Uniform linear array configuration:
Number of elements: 24
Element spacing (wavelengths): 1
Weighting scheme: hann
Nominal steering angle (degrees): -45
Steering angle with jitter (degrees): -43.871
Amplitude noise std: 0.05
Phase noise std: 0.05

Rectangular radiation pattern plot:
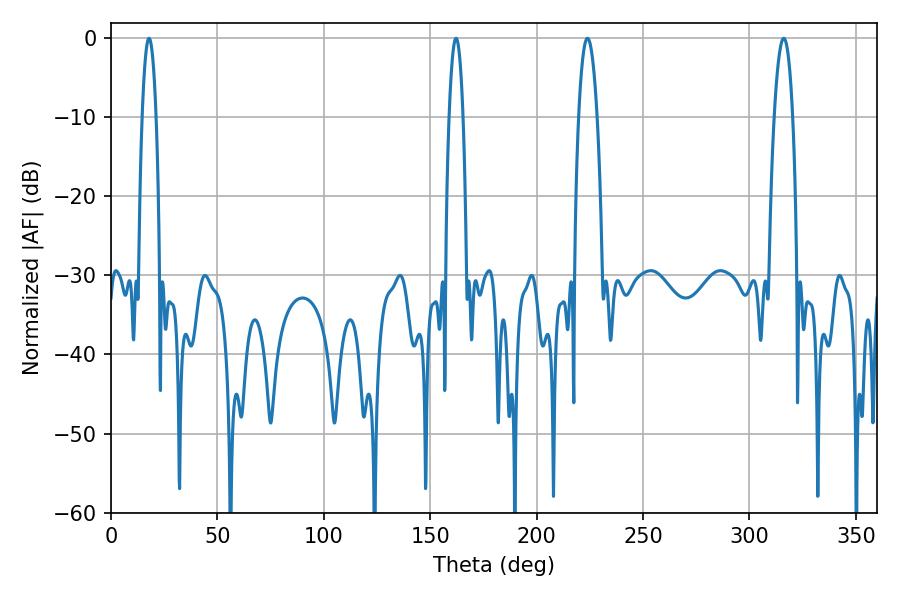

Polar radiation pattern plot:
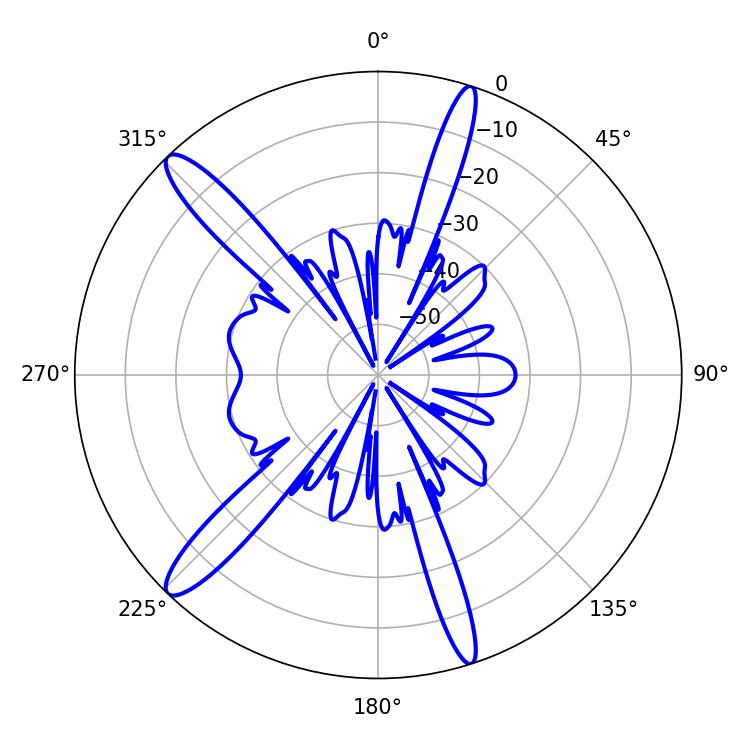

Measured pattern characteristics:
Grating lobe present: TRUE
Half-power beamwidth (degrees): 4.68
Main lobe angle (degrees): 223.92